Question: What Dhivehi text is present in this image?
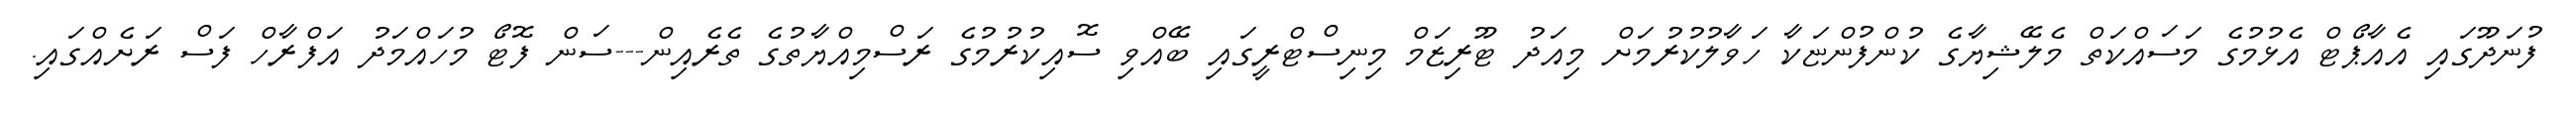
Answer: ފުނަދޫގައި އެއާޕޯޓް އެޅުމުގެ މަސައްކަތް މެލޭޝިޔާގެ ކުންފުންޏަކާ ހަވާލުކުރުމަށް މިއަދު ޓޫރިޒަމް މިނިސްޓްރީގައި ބޭއްވި ސޮއިކުރުމުގެ ރަސްމިއްޔާތުގެ ތެރެއިން---ސަން ފޮޓޯ މުހައްމަދު އަފްރާހް ފަސް ރަށެއްގައި.